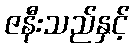
ဇနီးသည်နှင့်